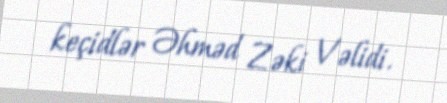
keçidlər Əhməd Zəki Vəlidi.